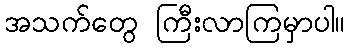
အသက်တွေ ကြီးလာကြမှာပါ။